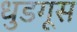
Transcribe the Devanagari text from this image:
धुडगूस